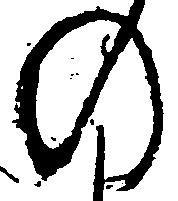
の